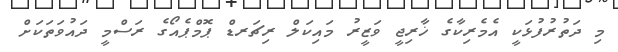
މި ދަތުރުފުޅަކީ އެމެރިކާގެ ޚާރިޖީ ވަޒީރު މައިކަލް ރިޗަރޑް ޕޮމްޕެއޯގެ ރަސްމީ ދައުވަތަކަށް